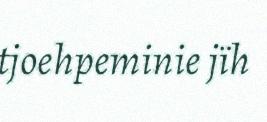
tjoehpeminie jïh